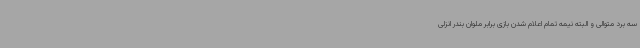
سه برد متوالی و البته نیمه تمام اعلام شدن بازی برابر ملوان بندر انزلی